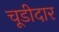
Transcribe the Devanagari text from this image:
चूडीदार